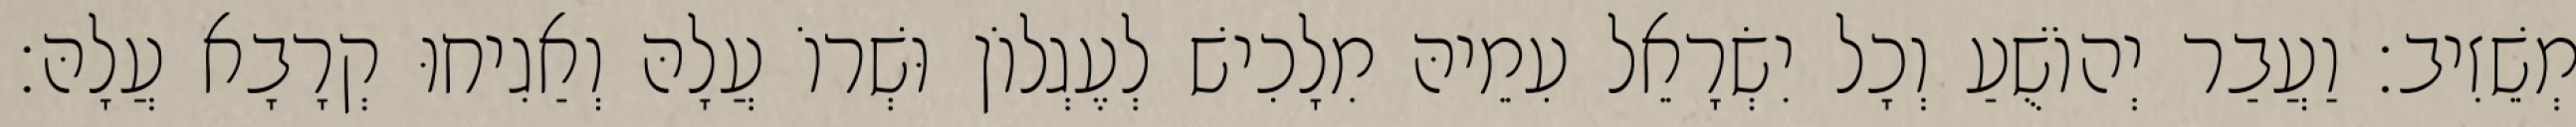
מְשֵׁזִיב׃ וַעֲבַר יְהוֹשֻׁעַ וְכָל יִשְׂרָאֵל עִמֵיהּ מִלָכִישׁ לְעֶגְלוֹן וּשְׁרוֹ עֲלָהּ וְאַגִיחוּ קְרָבָא עֲלָהּ׃